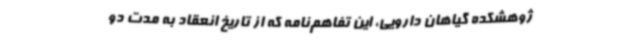
ژوهشکده گیاهان دارویی، این تفاهم‌نامه که از تاریخ انعقاد به مدت دو